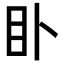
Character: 𥃨